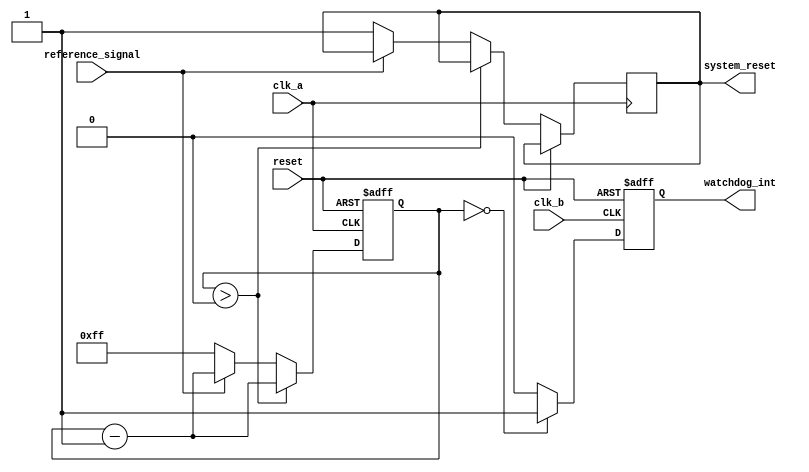
module watchdog_timer (
    input wire clk_a,
    input wire clk_b,
    input wire reset,
    input wire reference_signal,
    output reg watchdog_int,
    output reg system_reset
);

reg [7:0] counter;

always @(posedge clk_a or posedge reset) begin
    if (reset) begin
        counter <= 8'b11111111; // preset value
    end else begin
        if (counter > 0) begin
            counter <= counter - 1;
        end else begin
            counter <= 8'b11111111;
            if (reference_signal) begin
                counter <= counter - 1;
            end else begin
                system_reset <= 1;
            end
        end
    end
end

always @(posedge clk_b or posedge reset) begin
    if (reset) begin
        watchdog_int <= 0;
    end else begin
        if (counter == 0) begin
           watchdog_int <= 1;
        end else begin
           watchdog_int <= 0;
        end
    end
end

endmodule